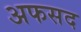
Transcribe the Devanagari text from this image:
अफसद